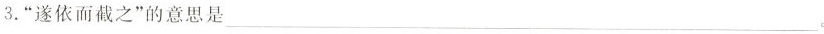
3.”遂依而截之”的意思是 ___